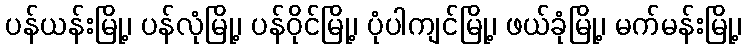
ပန်ယန်းမြို့၊ ပန်လုံမြို့၊ ပန်ဝိုင်မြို့၊ ပုံပါကျင်မြို့၊ ဖယ်ခုံမြို့၊ မက်မန်းမြို့၊